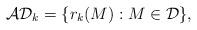
LaTeX: \begin{align*}\mathcal{AD}_k=\{r_k(M):M\in\mathcal{D}\},\end{align*}